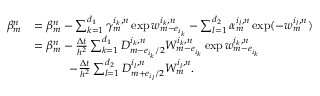
\begin{array} { r l } { \beta _ { m } ^ { n } } & { = \beta _ { m } ^ { n } - \sum _ { k = 1 } ^ { d _ { 1 } } \gamma _ { m } ^ { i _ { k } , n } \exp w _ { m - e _ { i _ { k } } } ^ { i _ { k } , n } - \sum _ { l = 1 } ^ { d _ { 2 } } \alpha _ { m } ^ { i _ { l } , n } \exp ( - w _ { m } ^ { i _ { l } , n } ) } \\ & { = \beta _ { m } ^ { n } - \frac { \Delta t } { h ^ { 2 } } \sum _ { k = 1 } ^ { d _ { 1 } } D _ { m - e _ { i _ { k } } / 2 } ^ { i _ { k } , n } W _ { m - e _ { i _ { k } } } ^ { i _ { k } , n } \exp w _ { m - e _ { i _ { k } } } ^ { i _ { k } , n } } \\ & { \qquad \quad - \frac { \Delta t } { h ^ { 2 } } \sum _ { l = 1 } ^ { d _ { 2 } } D _ { m + e _ { i _ { l } } / 2 } ^ { i _ { l } , n } W _ { m } ^ { i _ { l } , n } . } \end{array}